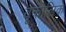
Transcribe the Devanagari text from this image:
बूकोलिक